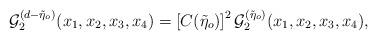
LaTeX: \begin{align*}{\cal{G}}_{2}^{(d-\tilde{\eta}_{o})}(x_{1},x_{2},x_{3},x_{4})=\left[C(\tilde{\eta}_{o})\right]^{2}{\cal{G}}_{2}^{(\tilde{\eta}_{o})}(x_{1},x_{2},x_{3},x_{4}),\end{align*}